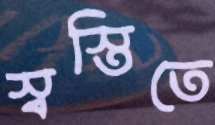
স্বস্তিতে